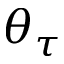
\theta _ { \tau }